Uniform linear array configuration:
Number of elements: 64
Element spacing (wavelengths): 1
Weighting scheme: exponential
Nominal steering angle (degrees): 30
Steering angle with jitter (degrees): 28.318
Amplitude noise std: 0.05
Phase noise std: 0.05

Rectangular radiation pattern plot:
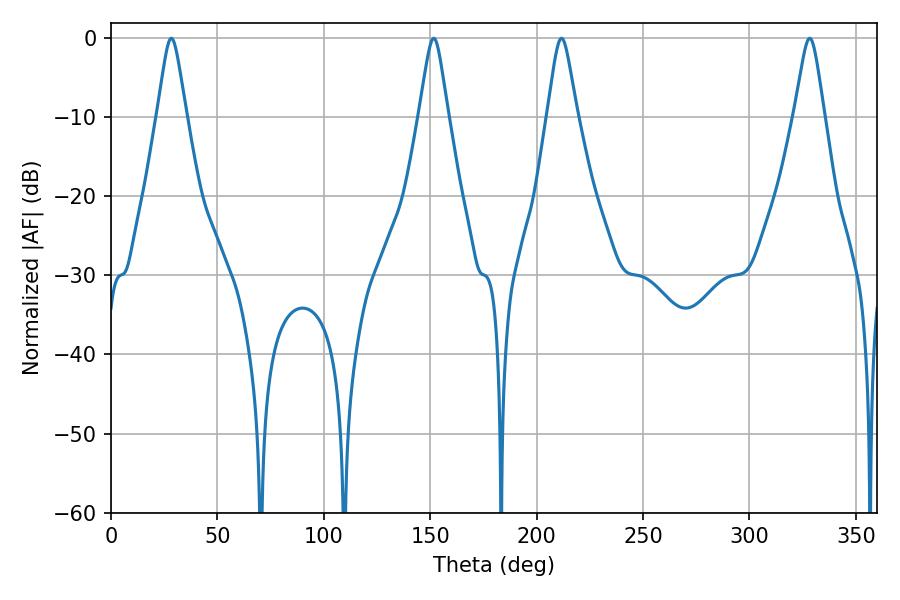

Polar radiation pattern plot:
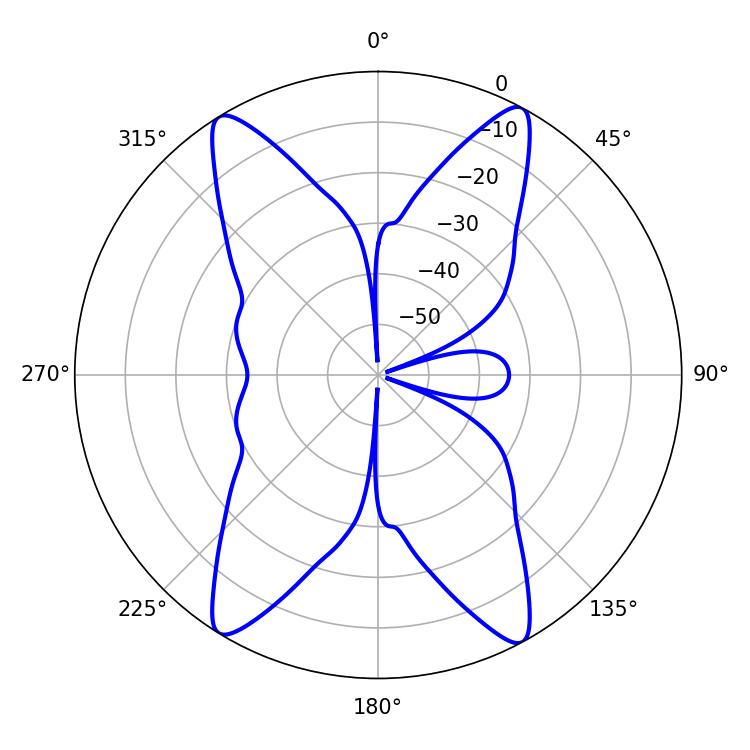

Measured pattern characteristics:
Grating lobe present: TRUE
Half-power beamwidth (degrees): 6.66
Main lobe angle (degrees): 211.68